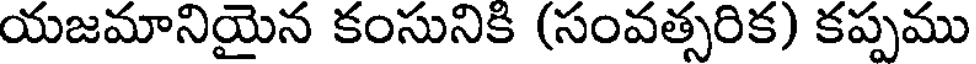
యజమానియైన కంసునికి (సంవత్సరిక) కప్పము